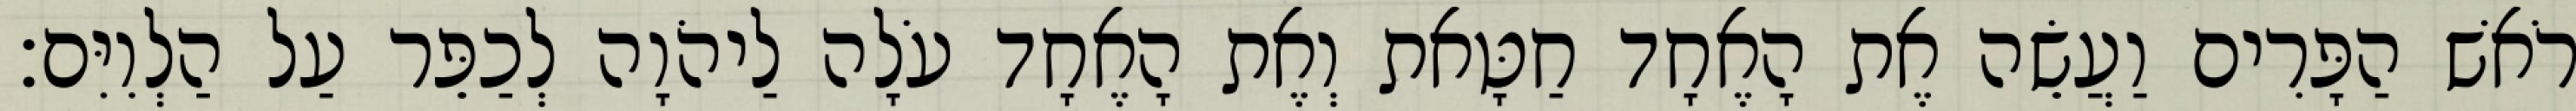
רֹאשׁ הַפָּרִים וַעֲשֵׂה אֶת הָאֶחָד חַטָּאת וְאֶת הָאֶחָד עֹלָה לַיהֹוָה לְכַפֵּר עַל הַלְוִיִּם׃